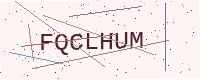
Text: FQCLHUM